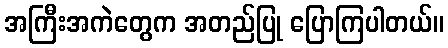
အကြီးအကဲတွေက အတည်ပြု ပြောကြပါတယ်။